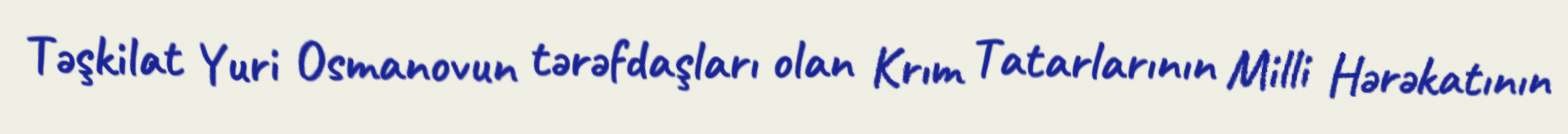
Təşkilat Yuri Osmanovun tərəfdaşları olan Krım Tatarlarının Milli Hərəkatının